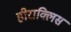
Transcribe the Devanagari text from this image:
हीराक्लिस